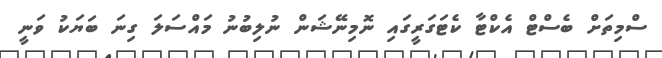
ސްމިތަށް ބެސްޓް އެކްޓާ ކެޓަގަރީގައި ނޮމިނޭޝަން ނުލިބުނު މައްސަލަ ގިނަ ބަޔަކު ވަނީ